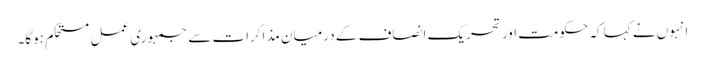
انہوں نے کہا کہ حکومت اور تحریک انصاف کے درمیان مذاکرات سے جمہوری عمل مستحکم ہوگا۔